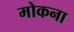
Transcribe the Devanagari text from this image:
मोकना